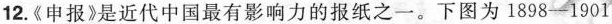
12.《申报》是近代中国最有影响力的报纸之一。下图为1898-1901